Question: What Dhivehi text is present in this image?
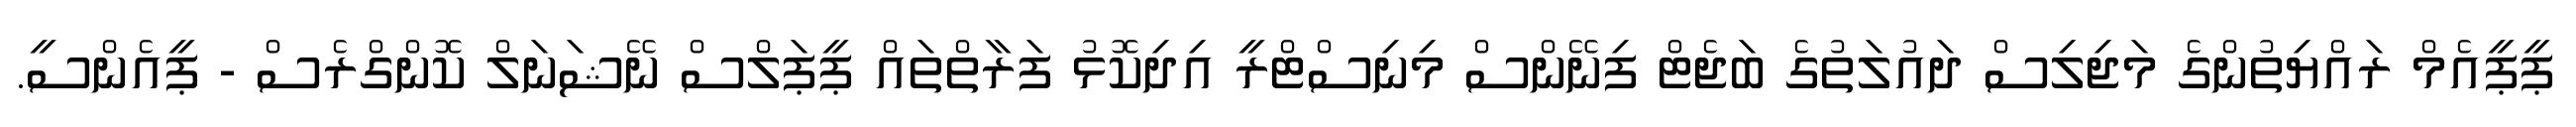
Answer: ޕީޕީއެމް ރައްޔިތުންގެ މަޖިލިސް ދައުލަތުގެ ބަޖެޓް ފިނޭންސް މިނިސްޓްރީ އިދިކޮޅު ފަރާތްތައް ޕީޕަލްސް ނޭޝަނަލް ކޮންގްރެސް - ޕީއެންސީ.